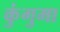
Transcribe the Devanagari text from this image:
कुंगुमा